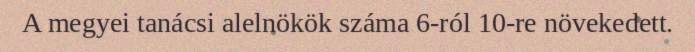
A megyei tanácsi alelnökök száma 6-ról 10-re növekedett.